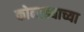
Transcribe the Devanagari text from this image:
कोनाड्याच्या